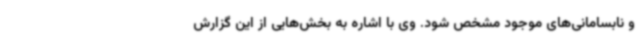
و نابسامانی‌های موجود مشخص شود. وی با اشاره به بخش‌هایی از این گزارش